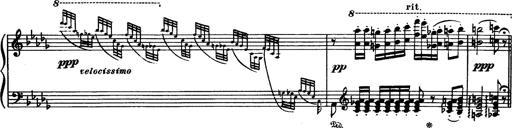
Title: Paraphrase de concert sur Rigoletto
Composer: Franz Liszt